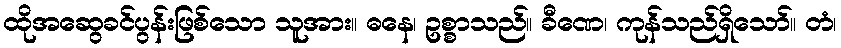
ထိုအဆွေခင်ပွန်းဖြစ်သော သူအား။ ဓနေ၊ ဥစ္စာသည်။ ခီဏေ၊ ကုန်သည်ရှိသော်။ တံ၊